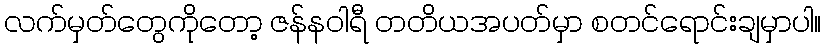
လက်မှတ်တွေကိုတော့ ဇန်နဝါရီ တတိယအပတ်မှာ စတင်ရောင်းချမှာပါ။